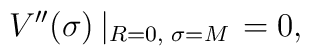
V''(\sigma ) \left| _{R=0,\,\,\sigma = M} \right. =0 ,